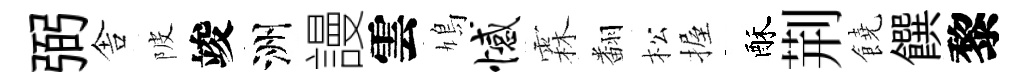
弼舎陂竣洲謾雲鳩憾霖翻松握酥荆饒饌黎